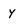
Character: y